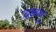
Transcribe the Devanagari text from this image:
इझाथु